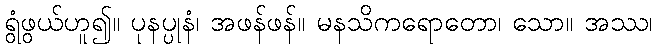
ရွံဖွယ်ဟူ၍။ ပုနပ္ပုနံ၊ အဖန်ဖန်။ မနသိကရောတော၊ သော။ အဿ၊